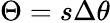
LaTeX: \Theta=s\Delta\theta